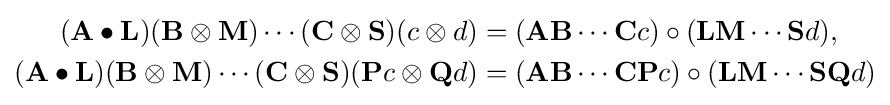
{\begin{aligned}(\mathbf {A} \bullet \mathbf {L} )(\mathbf {B} \otimes \mathbf {M} )\cdots (\mathbf {C} \otimes \mathbf {S} )(c\otimes d)&=(\mathbf {A} \mathbf {B} \cdots \mathbf {C} c)\circ (\mathbf {L} \mathbf {M} \cdots \mathbf {S} d),\\(\mathbf {A} \bullet \mathbf {L} )(\mathbf {B} \otimes \mathbf {M} )\cdots (\mathbf {C} \otimes \mathbf {S} )(\mathbf {P} c\otimes \mathbf {Q} d)&=(\mathbf {A} \mathbf {B} \cdots \mathbf {C} \mathbf {P} c)\circ (\mathbf {L} \mathbf {M} \cdots \mathbf {S} \mathbf {Q} d)\end{aligned}}